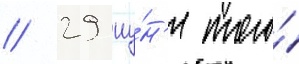
// 29 иу́н'я того́